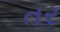
તર